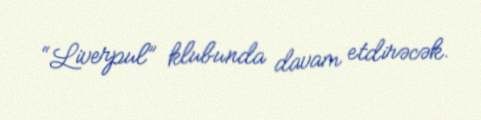
“Liverpul” klubunda davam etdirəcək.